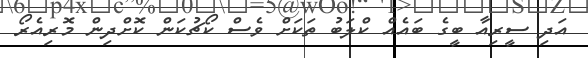
އަދި ސީރިއާ ބީގެ ބައެއް ކްލަބު ތަކަށް ވެސް ކޯޗުކަން ކޮށްދިން މޮރިއެރޯ